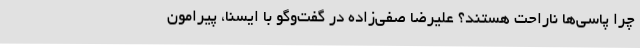
چرا پاسی‌ها ناراحت هستند؟ علیرضا صفی‌زاده در گفت‌وگو با ایسنا، پیرامون